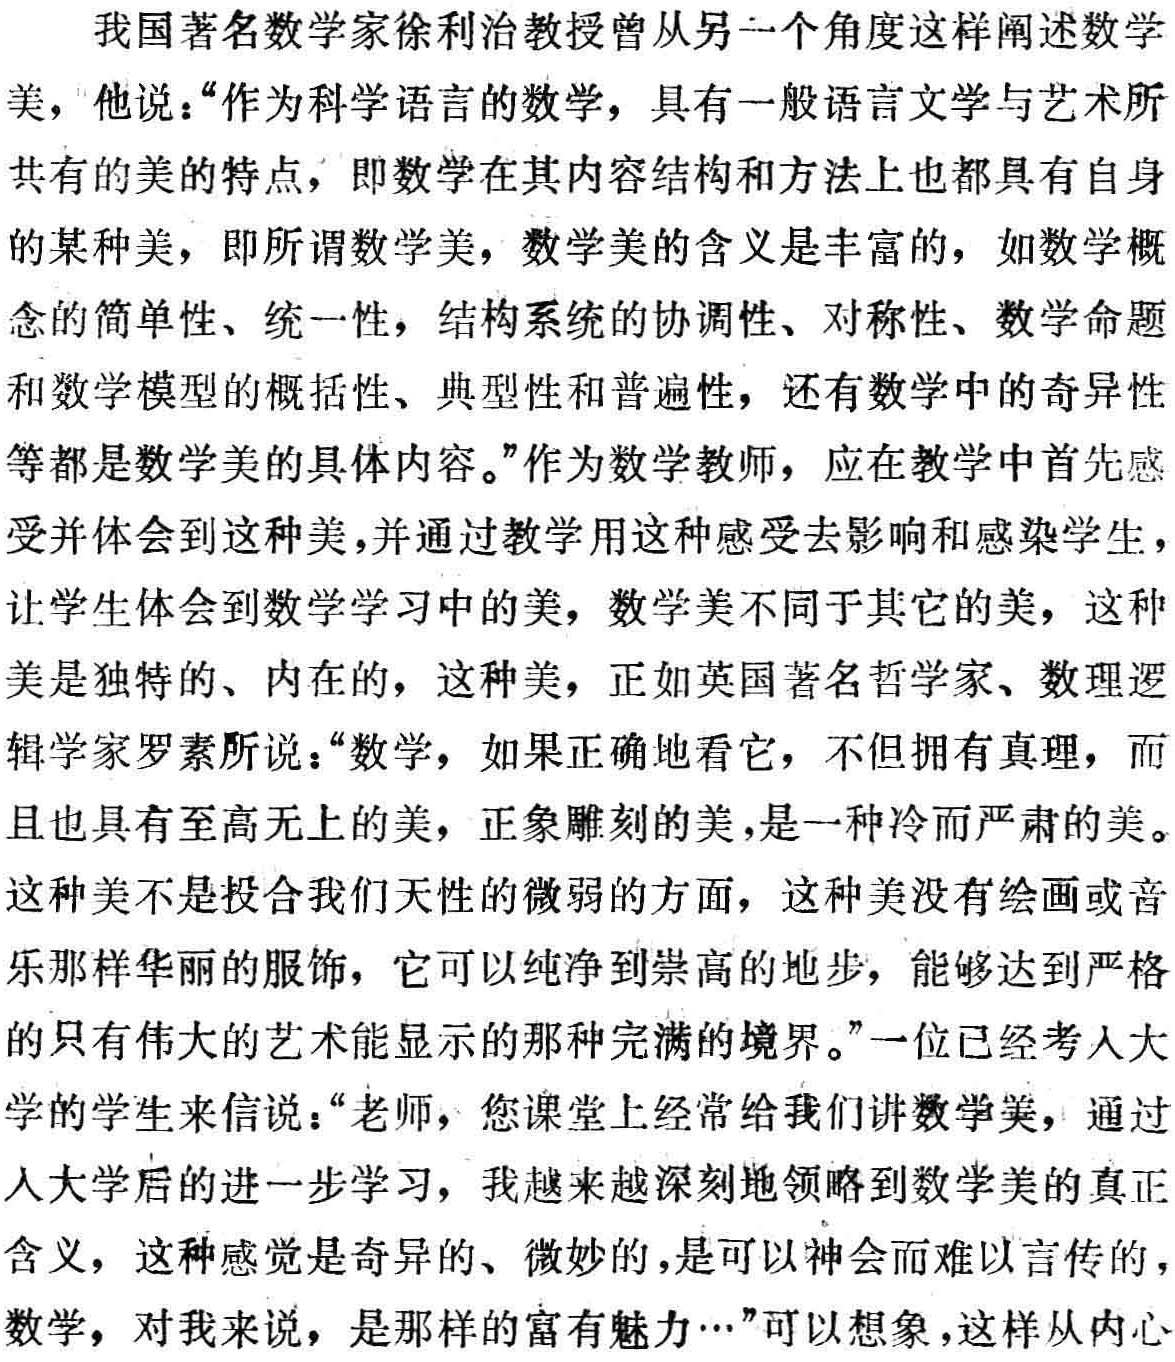
我国著名数学家徐利治教授曾从另一个角度这样阐述数学美，他说：“作为科学语言的数学，具有一般语言文学与艺术所共有的美的特点，即数学在其内容结构和方法上也都具有自身的某种美，即所谓数学美，数学美的含义是丰富的，如数学概念的简单性、统一性，结构系统的协调性、对称性、数学命题和数学模型的概括性、典型性和普遍性，还有数学中的奇异性等都是数学美的具体内容。”作为数学教师，应在教学中首先感受并体会到这种美，并通过教学用这种感受去影响和感染学生，让学生体会到数学学习中的美，数学美不同于其它的美，这种美是独特的、内在的，这种美，正如英国著名哲学家、数理逻辑学家罗素所说：“数学，如果正确地看它，不但拥有真理，而且也具有至高无上的美，正象雕刻的美，是一种冷而严肃的美。这种美不是投合我们天性的微弱的方面，这种美没有绘画或音乐那样华丽的服饰，它可以纯净到崇高的地步，能够达到严格的只有伟大的艺术能显示的那种完满的境界。”一位已经考入大学的学生来信说：“老师，您课堂上经常给我们讲数学美，通过入大学后的进一步学习，我越来越深刻地领略到数学美的真正含义，这种感觉是奇异的、微妙的，是可以神会而难以言传的，数学，对我来说，是那样的富有魅力…”可以想象，这样从内心